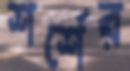
শর্শের